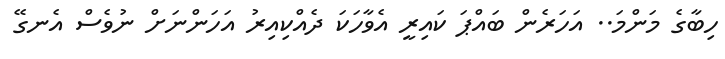
ހިބާގެ މަންމަ.. އަހަރެން ބައްޕަ ކައިރީ އެވާހަކަ ދެއްކިއިރު އަހަންނަށް ނުވެސް އެނގޭ